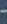
-